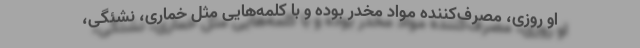
او روزی، مصرف‌کننده مواد مخدر بوده و با کلمه‌هایی مثل خماری، نشئگی،